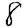
Digit: 8